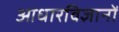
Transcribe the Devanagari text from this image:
आधारविज्ञानों